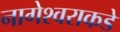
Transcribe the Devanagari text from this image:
नागेश्वराकडे